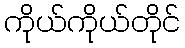
ကိုယ်ကိုယ်တိုင်